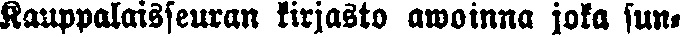
Kauppalaisseuran kirjasto awoinna joka sun-